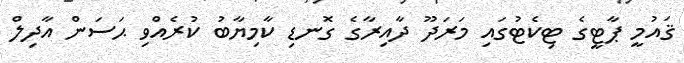
ޤައުމީ ޕާޓީގެ ޓިކެޓުގައި މަރަދޫ ދާއިރާގެ ގޮނޑި ކާމިޔާބު ކުރެއްވި ޙަސަން އާދިލް